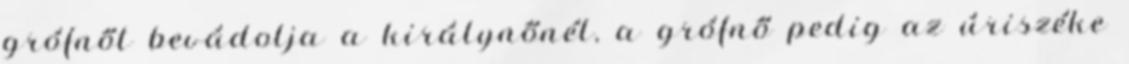
grófnőt bevádolja a királynőnél, a grófnő pedig az úriszéke